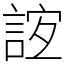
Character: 𧧼